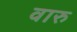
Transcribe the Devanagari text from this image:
वारु